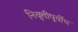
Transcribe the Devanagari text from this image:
निवृत्तीपूर्वीच